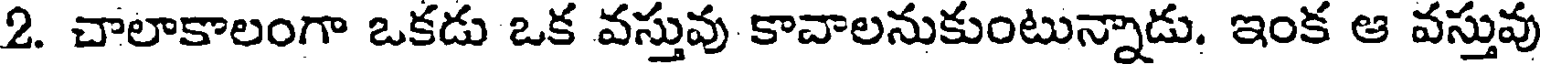
2. చాలాకాలంగా ఒకడు ఒక వస్తువు కావాలనుకుంటున్నాడు. ఇంక ఆ వస్తువు